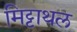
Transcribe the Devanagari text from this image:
मिट्टाथल